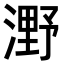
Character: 𣼫